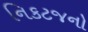
નિકટજનો